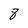
Character: 8